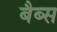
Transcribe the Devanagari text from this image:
बैब्स